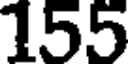
155